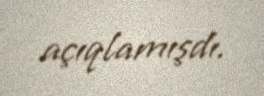
açıqlamışdı.